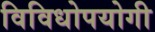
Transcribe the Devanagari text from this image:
विविधोपयोगी